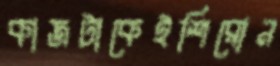
কাজটাকেইশিরোন